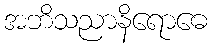
အဘိသညာနိရောဓေ